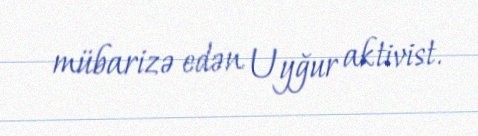
mübarizə edən Uyğur aktivist.